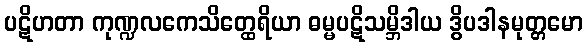
ပဋိဟတာ ကုဏ္ဍလကေသိတ္ထေရိယာ ဓမ္မပဋိသမ္ဘိဒါယ ဒွိပဒါနမုတ္တမော